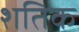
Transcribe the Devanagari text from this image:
शतिक